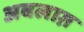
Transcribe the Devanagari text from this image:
अबलाग़